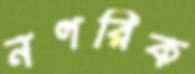
নগরিক